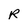
Character: R